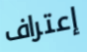
إعتراف